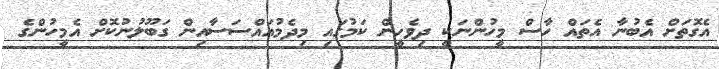
އެގޮތަށް އެބުނާ އެތައް ހާސް މީހުންނަކީ ދިވެހީން ކަމުގައި މިދެމުއައްސަސާއިން ގަބޫލުނުކޮށް އެމީހުންގެ